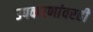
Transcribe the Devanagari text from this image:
उपकरणांवरही